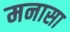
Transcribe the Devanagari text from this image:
मनासा